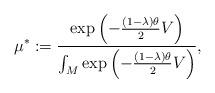
LaTeX: \begin{align*} \mu^{*} := \frac{\exp\left( -\frac{(1-\lambda)\theta}{2} V \right)}{\int_{M} \exp\left( -\frac{(1-\lambda)\theta}{2} V \right)}, \end{align*}